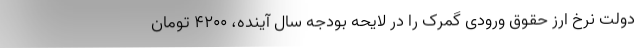
دولت نرخ ارز حقوق ورودی گمرک را در لایحه بودجه سال آینده، 4200 تومان